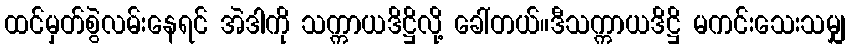
ထင်မှတ်စွဲလမ်းနေရင် အဲဒါကို သက္ကာယဒိဋ္ဌိလို့ ခေါ်တယ်။ဒီသက္ကာယဒိဋ္ဌိ မကင်းသေးသမျှ